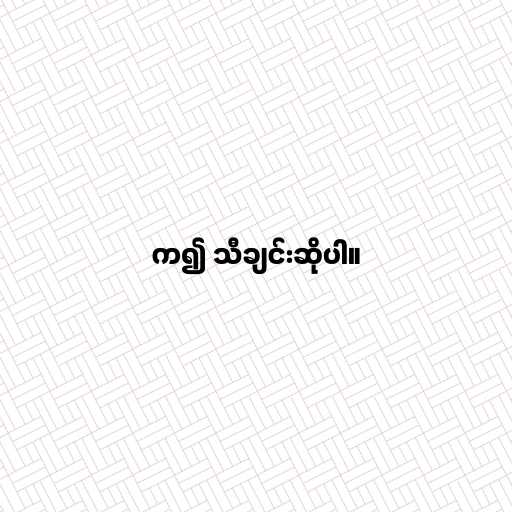
က၍ သီချင်းဆိုပါ။